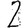
Digit: 2